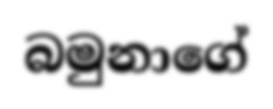
බමුනාගේ